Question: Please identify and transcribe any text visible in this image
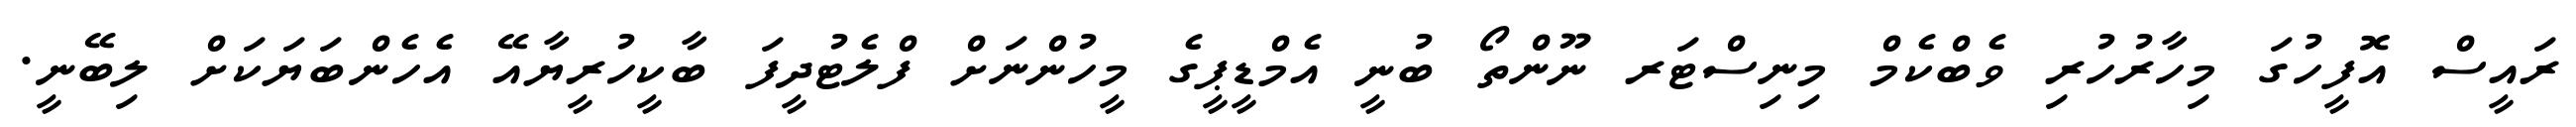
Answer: ރައީސް އޮފީހުގަ މިހާރުހުރި ވެބްކެމް މިނިސްޓަރ ނޫންތޯ ބުނީ އެމްޑީޕީގެ މީހުންނަށް ފްލެޓުދީފަ ބާކީހުރީޔާއޭ އެހެންބަޔަކަށް ލިބޭނީ.